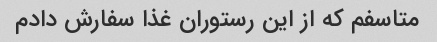
متاسفم که از این رستوران غذا سفارش دادم